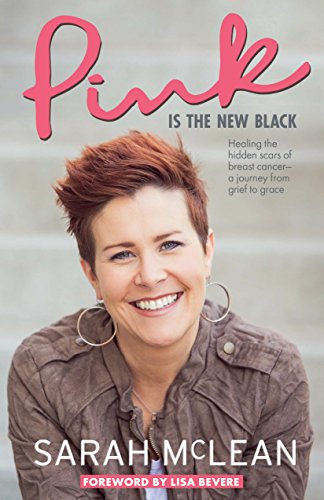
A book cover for Pink Is The New Black: Healing the Hidden Scars of Breast Cancer: a Journey from Grief to Grace; Sarah McLean; Health, Fitness & Dieting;